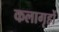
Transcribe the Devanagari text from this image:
कलागृहों